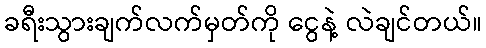
ခရီးသွားချက်လက်မှတ်ကို ငွေနဲ့ လဲချင်တယ်။